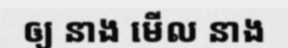
ឲ្យ នាង មើល នាង